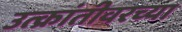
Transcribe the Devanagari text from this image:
उत्क्रांतीवरच्या